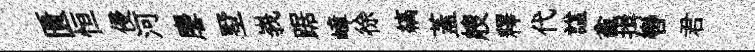
匱恒侵河麐墅峩踞嶂徐縞蓋艘釋代諡龕揖轡君